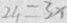
2 4 = 3 x